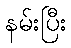
နမ်းပြီး